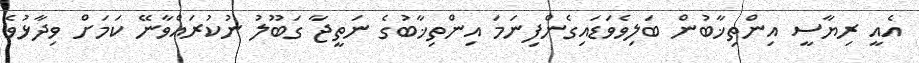
އެއީ ރިޔާސީ އިންތިޚާބުން ބަލިވެވަޑައިގެންފިނަމަ އިންތިޚާބުގެ ނަތީޖާ ގަބޫލު ނުކުރައްވާނޭ ކަމަށް ވިދާޅުވެ